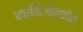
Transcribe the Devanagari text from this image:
क्वाशिओरकोर